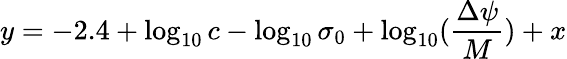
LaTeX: y=-2.4+\log_{10}{c}-\log_{10}{\sigma_{0}}+\log_{10}(\frac{\Delta\psi}{M})+x